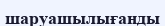
шаруашылығанды